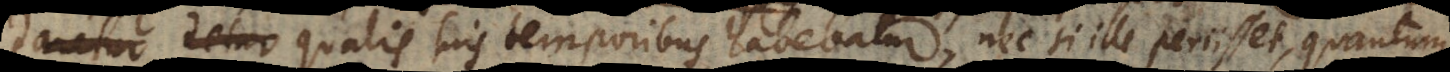
daretur detur qualis suis temporibus habebatur, nec si ille periisset, quantum